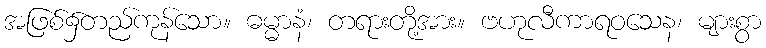
အဖြစ်၌တည်ကုန်သော။ ဓမ္မာနံ၊ တရားတို့အား။ ဗဟုလီကာရဝသေန၊ များစွာ